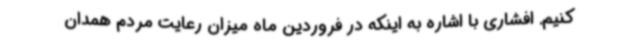
کنیم. افشاری با اشاره به اینکه در فروردین ماه میزان رعایت مردم همدان